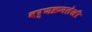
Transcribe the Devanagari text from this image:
वर्णक्रमलेखी